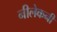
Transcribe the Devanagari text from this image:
नीलेकनी